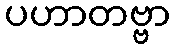
ပဟာတဗ္ဗာ